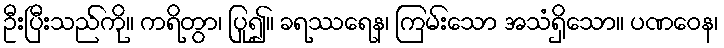
ဦးပြီးသည်ကို။ ကရိတွာ၊ ပြု၍။ ခရဿရေန၊ ကြမ်းသော အသံရှိသော။ ပဏဝေန၊